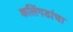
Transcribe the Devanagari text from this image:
कलिंगडांचा